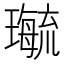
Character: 𤪝